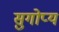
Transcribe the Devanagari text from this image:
सुगोप्यं